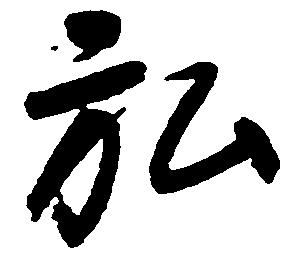
弘